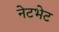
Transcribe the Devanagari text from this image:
नेटभेट